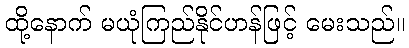
ထို့နောက် မယုံကြည်နိုင်ဟန်ဖြင့် မေးသည်။